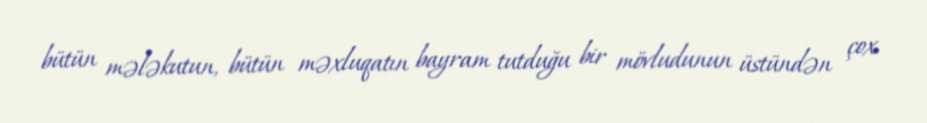
bütün mələkutun, bütün məxluqatın bayram tutduğu bir mövludunun üstündən çox